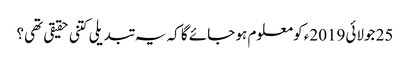
25 جولائی2019ء کو معلوم ہو جائے گا کہ یہ تبدیلی کتنی حقیقی تھی؟